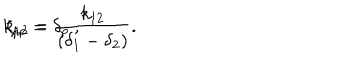
k _ { p p } = \delta _ { p } ~ , \hspace { . 5 i n } \zeta _ { 1 2 } = \frac { k _ { 1 2 } } { ( \delta _ { 1 } - \delta _ { 2 } ) } .